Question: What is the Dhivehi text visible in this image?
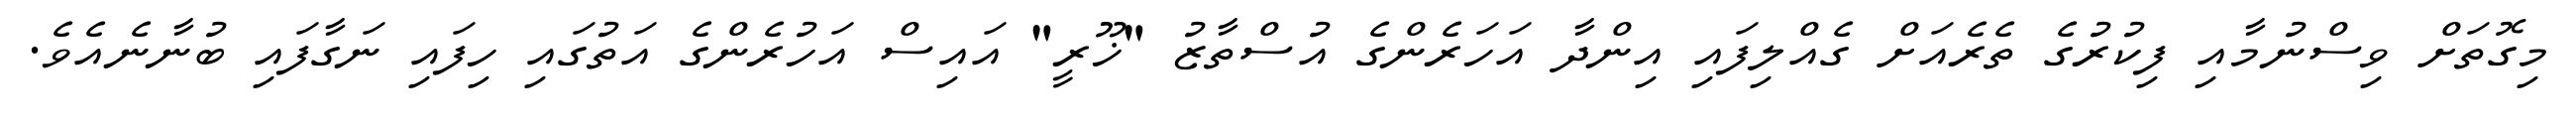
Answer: މިގޮތަށް ވިސްނުމާއި ފިކުރުގެ ތެރެއަށް ގެއްލިފައި އިންދާ އަހަރެންގެ އުސްތާޒު "ޚޫރީ" އައިސް އަހުރެންގެ އަތުގައި ހިފައި ނަގާފައި ބުނާނެއެވެ.